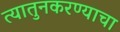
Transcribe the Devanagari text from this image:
त्यातुनकरण्याचा